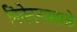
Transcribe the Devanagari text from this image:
निवेदनासारखे